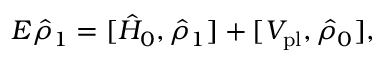
E \hat { \rho } _ { 1 } = [ \hat { H } _ { 0 } , \hat { \rho } _ { 1 } ] + [ V _ { \mathrm { p l } } , \hat { \rho } _ { 0 } ] ,